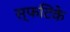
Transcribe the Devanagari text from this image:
स्फटिके